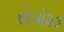
રોગો૨૩